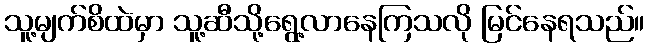
သူ့မျက်စိထဲမှာ သူ့ဆီသို့ရွေ့လာနေကြသလို မြင်နေရသည်။